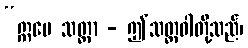
“ဣမေ သတ္တာ - ဤသတ္တဝါတို့သည်၊